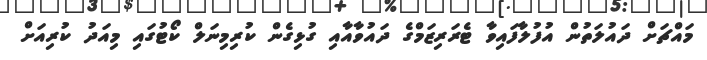
މައްޗަށް ދައުލަތުން އުފުލާފައިވާ ޓެރަރިޒަމްގެ ދައުވާއާއި ގުޅިގެން ކުރިމިނަލް ކޯޓުގައި މިއަދު ކުރިއަށް